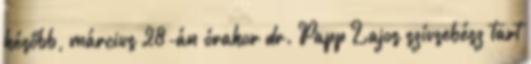
később, március 28-án órakor dr. Papp Lajos szívsebész tart